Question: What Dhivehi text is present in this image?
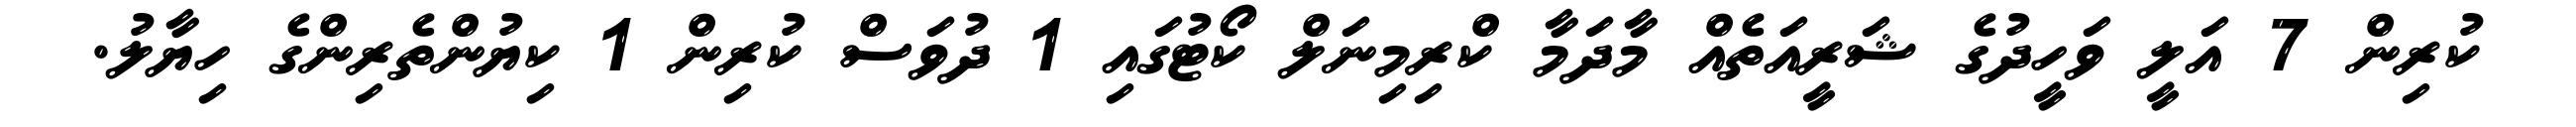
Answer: ކުރިން 7 އަލީ ވަހީދުގެ ޝަރީއަތެއް މާދަމާ ކްރިމިނަލް ކޯޓުގައި 1 ދުވަސް ކުރިން 1 ކިޔުންތެރިންގެ ހިޔާލު.